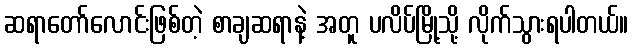
ဆရာတော်လောင်းဖြစ်တဲ့ စာချဆရာနဲ့ အတူ ပလိပ်မြို့သို့ လိုက်သွားရပါတယ်။